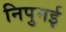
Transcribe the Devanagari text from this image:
निपुनई